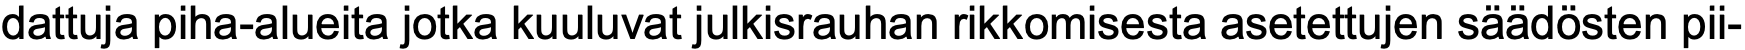
dattuja piha-alueita jotka kuuluvat julkisrauhan rikkomisesta asetettujen säädösten pii-